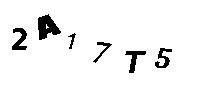
2A17T5